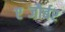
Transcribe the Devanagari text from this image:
एब्जौर्बर